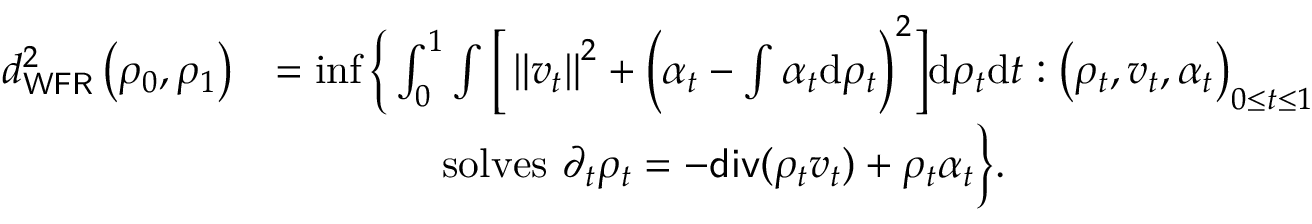
\begin{array} { r l } { d _ { \mathsf { W F R } } ^ { 2 } \left( \rho _ { 0 } , \rho _ { 1 } \right) } & { = \operatorname* { i n f } \bigg \{ \int _ { 0 } ^ { 1 } \int \Big [ \left\Vert v _ { t } \right\Vert ^ { 2 } + \Big ( \alpha _ { t } - \int \alpha _ { t } \mathrm { d } \rho _ { t } \Big ) ^ { 2 } \Big ] \mathrm { d } \rho _ { t } \mathrm { d } t : \left( \rho _ { t } , v _ { t } , \alpha _ { t } \right) _ { 0 \leq t \leq 1 } } \\ & { \qquad \qquad \mathrm { s o l v e s ~ } \partial _ { t } \rho _ { t } = - \mathsf { d i v } ( \rho _ { t } v _ { t } ) + \rho _ { t } \alpha _ { t } \bigg \} . } \end{array}